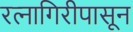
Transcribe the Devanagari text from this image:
रत्‍नागिरीपासून